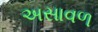
અસાવળ